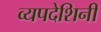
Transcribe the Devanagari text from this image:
व्यपदेशिनी